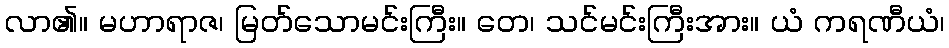
လာ၏။ မဟာရာဇ၊ မြတ်သောမင်းကြီး။ တေ၊ သင်မင်းကြီးအား။ ယံ ကရဏီယံ၊